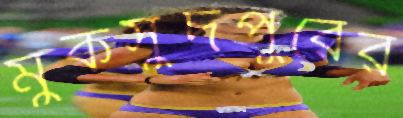
মুকসুদপুরের